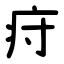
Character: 疛